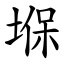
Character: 堢